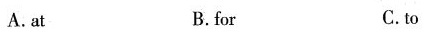
A.at B.for C.to